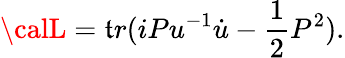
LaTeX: {\calL}=\mathfrak{t}r(iPu^{-1}\dot{{u}}-\frac{{1}}{{2}}P^{2}).